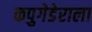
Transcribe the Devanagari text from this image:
कपुगेडेराला